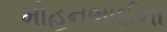
મોહનભાઈના